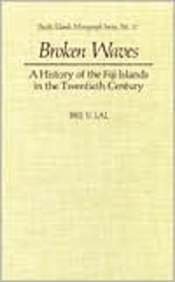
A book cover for Broken Waves: A History of the Fiji Islands in the Twentieth Century [Hardcover] (Author) Brij V. Lal; History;